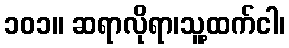
၁၀၁။ ဆရာလိုရာ၊သူ့ထက်ငါ၊